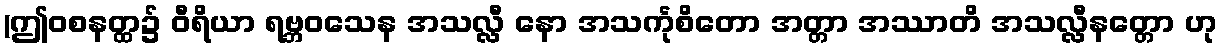
(ဤဝစနတ္ထ၌ ဝီရိယာ ရဗ္ဘဝသေန အသလ္လီ နော အသင်္ကုစိတော အတ္တာ အဿာတိ အသလ္လီနတ္တော ဟု